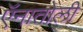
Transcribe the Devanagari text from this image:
ऍनातोली